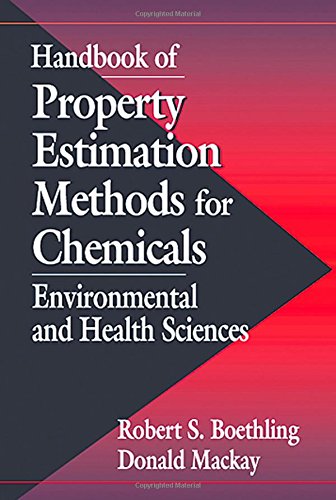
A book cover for Handbook of Property Estimation Methods for Chemicals: Environmental Health Sciences; Science & Math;